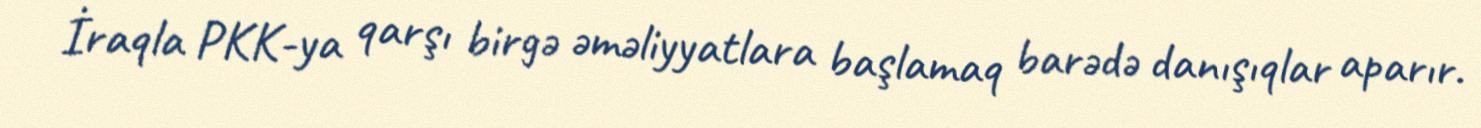
İraqla PKK-ya qarşı birgə əməliyyatlara başlamaq barədə danışıqlar aparır.